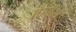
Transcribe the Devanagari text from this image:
तारीख़ें